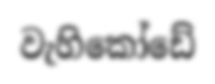
වැහිකෝඩේ